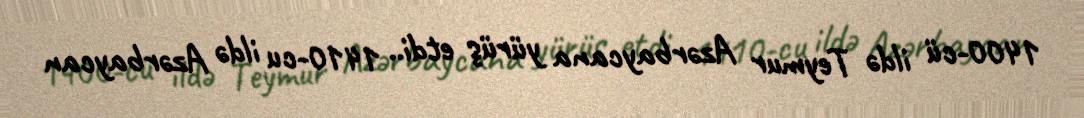
1400-cü ildə Teymur Azərbaycana yürüş etdi.. 1410-cu ildə Azərbaycan